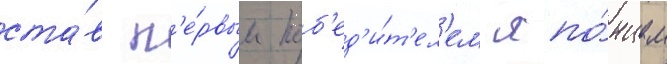
ста́в п'е́рвым поб'ед'и́т'ел'ем япо́нцем